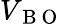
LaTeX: V_{\mathrm{~B~O~}}